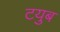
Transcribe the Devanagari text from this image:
टयुब